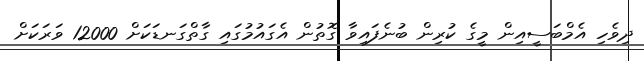
ދިވެހި އެމްބަސީއިން މީގެ ކުރިން ބުނެފައިވާ ގޮތުން އެގައުމުގައި ގާތްގަނޑަކަށް 12000 ވަރަކަށް